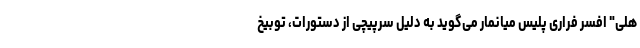
هلی" افسر فراری پلیس میانمار می‌گوید به دلیل سرپیچی از دستورات، توبیخ